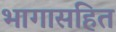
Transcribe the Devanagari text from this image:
भागासहित